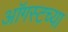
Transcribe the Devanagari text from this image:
आॅगस्टच्या